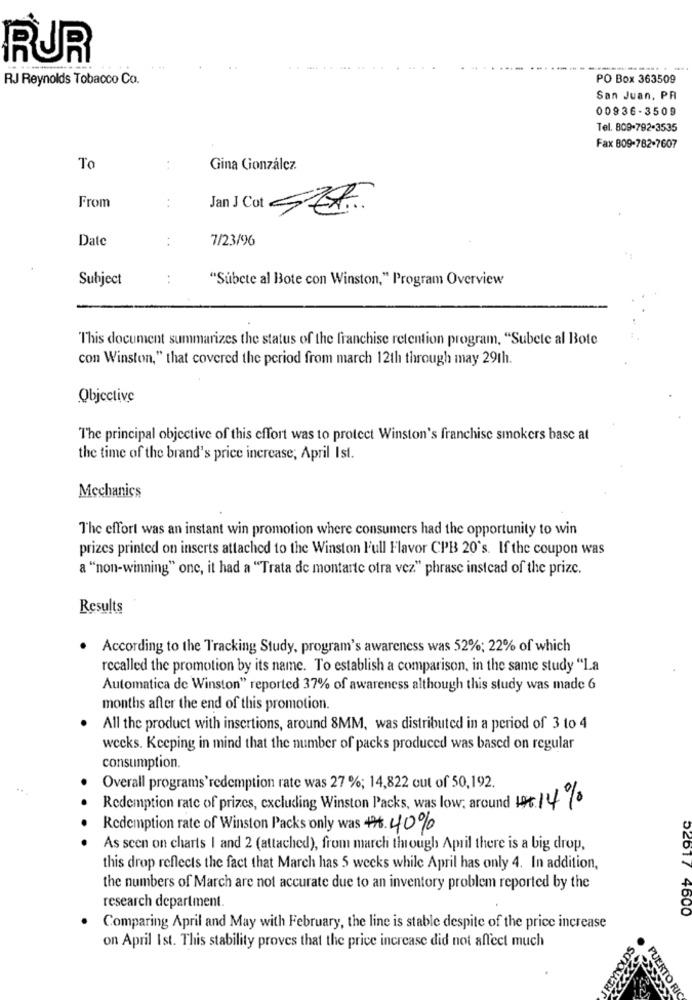
RUR
. ..
-----.. -
RJ Reynolds Tobacco Co.
PO Box 363509
San Juan, PR
00936-3509
Tel. 809-792-3535
Fax 809-782-7607
To
Gina González
:
From
Jan J Col Str.
Date
:
7/23/96
Subject
:
"Subete al Bote con Winston," Program Overview
This document summarizes the status of the franchise retention program, "Subete al Bote
con Winston," that covered the period from march 12th through may 29th.
Objective
The principal objective of this effort was to protect Winston's franchise smokers base at
the time of the brand's price increase; April Ist.
Mechanics
The effort was an instant win promotion where consumers had the opportunity to win
prizes printed on inserts attached to the Winston Full Flavor CPB 20's. If the coupon was
a "non-winning" one, it had a "Trata de montarte otra vez" phrase instead of the prize.
Results
According to the Tracking Study, program's awareness was 52%; 22% of which
recalled the promotion by its name. To establish a comparison, in the same study "La
Automatica de Winston" reported 37% of awareness although this study was made 6
months after the end of this promotion.
All the product with insertions, around 8MM, was distributed in a period of 3 to 4
weeks. Keeping in mind that the number of packs produced was based on regular
consumption.
Overall programs'redemption rate was 27 %; 14,822 out of 50,192.
Redemption rate of prizes, excluding Winston Packs, was low: around 16. 14%
Redemption rate of Winston Packs only was 6.40%
As seen on charts I and 2 (attached), from march through April there is a big drop,
this drop reflects the fact that March has 5 weeks while April has only 4. In addition,
the numbers of March are not accurate due to an inventory problem reported by the
research department.
52017 4600
Comparing April and May with February, the line is stable despite of the price increase
on April Ist. This stability proves that the price increase did not affect much
REYNOLDS
PUERTO RIC